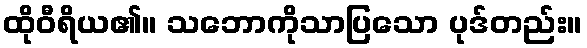
ထိုဝီရိယ၏။ သဘောကိုသာပြသော ပုဒ်တည်း။